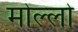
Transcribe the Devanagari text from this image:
मोल्लो